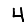
Digit: 4